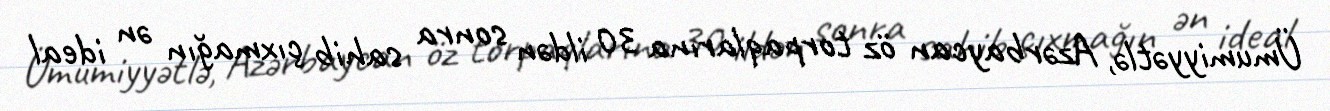
Ümumiyyətlə, Azərbaycan öz torpaqlarına 30 ildən sonra sahib çıxmağın ən ideal